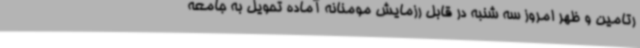
رتامین و ظهر امروز سه شنبه در قابل رزمایش مومنانه آماده تحویل به جامعه